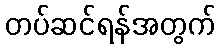
တပ်ဆင်ရန်အတွက်